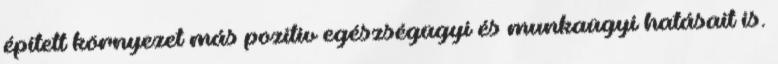
épített környezet más pozitív egészségügyi és munkaügyi hatásait is.